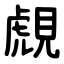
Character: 覤